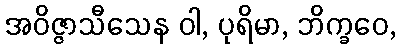
အဝိဇ္ဇာသီသေန ဝါ, ပုရိမာ, ဘိက္ခဝေ,